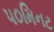
૫૦મિનટ